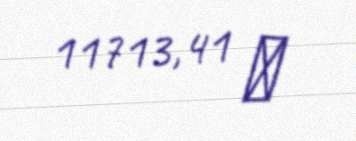
11713,41 ₼